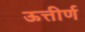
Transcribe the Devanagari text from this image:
ऊत्तीर्ण